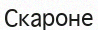
Скароне